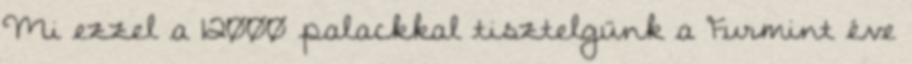
Mi ezzel a 12000 palackkal tisztelgünk a Furmint éve